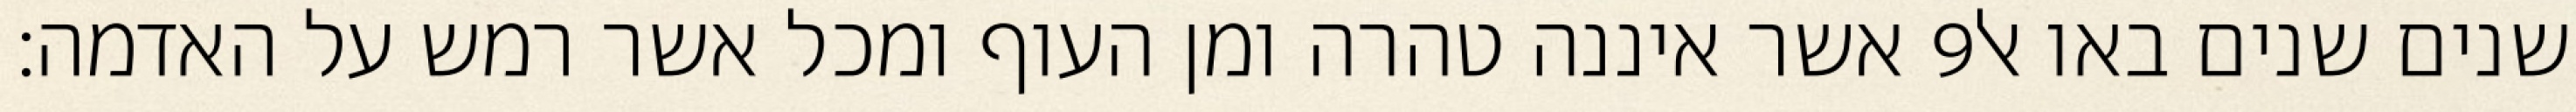
אשר איננה טהרה ומן העוף ומכל אשר רמש על האדמה׃ ‎9‏ שנים שנים באו אל